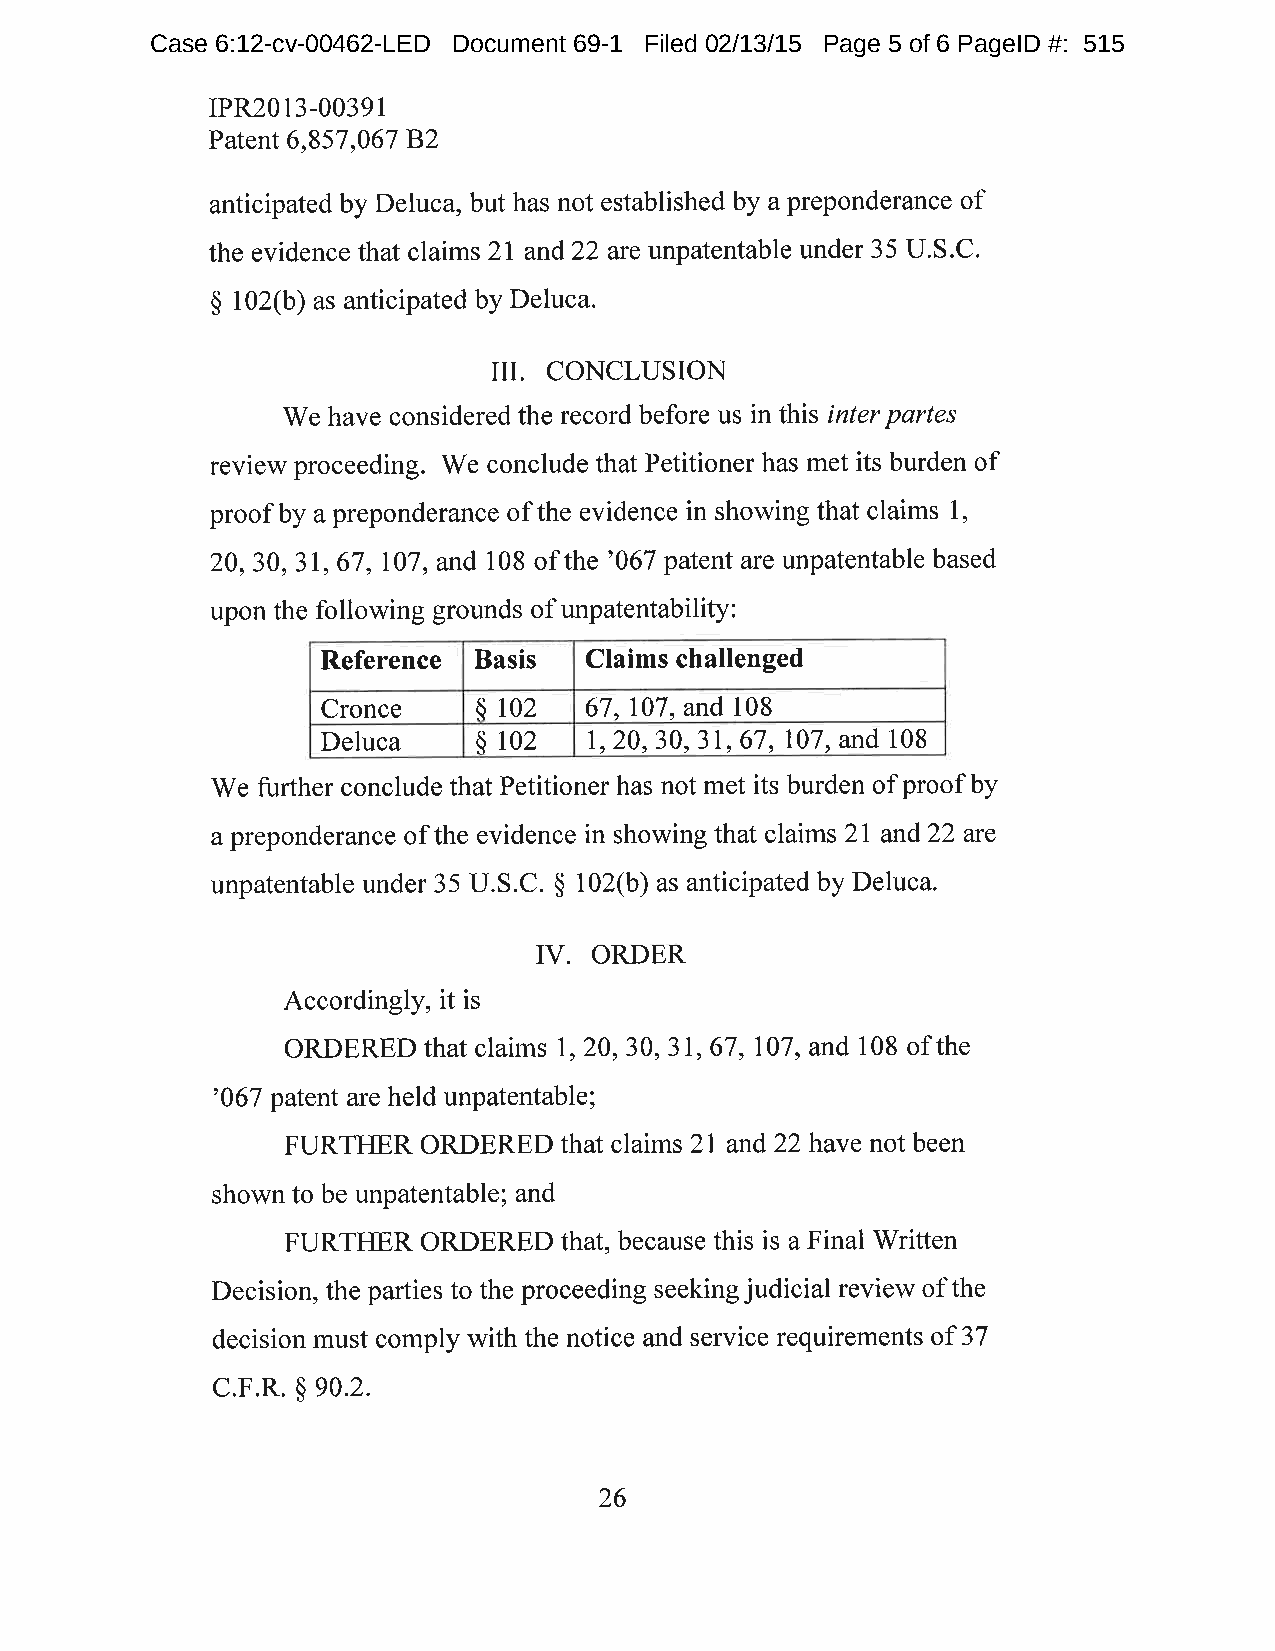
Case 6:12-cv-00462-LED Document 69-1 Filed 02/13/15 Page 5 of 6 PageID #: 515
 rPR2013-00391
 Patent 6,857,067 B2
 anticipated by Deluca, but has not established by a preponderance of
 the evidence that claims 27 and22 are unpatentable under 35 U.S.C.
 $ 102(b) as anticipated by Deluca.
 III.
 CONCLUSION
 We have considered the record before us in fhis inter partes
 review proceeding. We conclude that Petitioner has met its burden of
 l,
 proof by a preponderance of the evidence in showingthaf claims
 20,30,31, 67 , 107 , and 108 of the '067 patent are unpatentable based
 upon the following grounds of unpatentability:
 Reference Basis   Claims challenged
 Cronce     ñ 102  67,107,and 108
 Deluca     $ 102  1,20,30, 31 ,67, 707, and 108
 We further conclude that Petitioner has not met its burden of proof by
 a preponderance of the evidence in showingthat claims 2l and22 ate
 unpatentable under 35 U.S.C. $ 102(b) as anticipated by Deluca.
 IV.
 ORDER
 Accordingly, it is
 ORDERED  that claims l, 20, 30, 37, 67 , 107 , and I 08 of the
 '067 patent are held unpatentable;
 2l
 FURTIIER ORDERED  that claims and 22 have not been
 shown to be unpatentable; and
 FURTHER  ORDERED  that, because this is a Final Written
 Decision, the parties to the proceeding seeking judicial review of the
 decision must comply with the notice and service requirements of 37
 c.F.R. $ 90.2.
 26